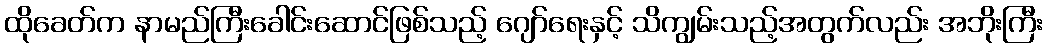
ထိုခေတ်က နာမည်ကြီးခေါင်းဆောင်ဖြစ်သည့် ဂျော်ရေးနှင့် သိကျွမ်းသည့်အတွက်လည်း အဘိုးကြီး